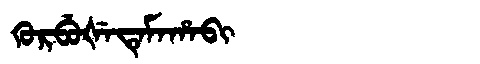
Manchu: ᡴᡠᡵᠪᡠᡧᡝᡨᡝᠮᠠᡥᠠᠪᡳ
Romanization: KURBUŠETEMAHABI